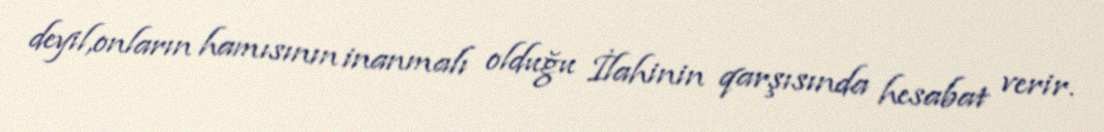
deyil,onların hamısının inanmalı olduğu İlahinin qarşısında hesabat verir.